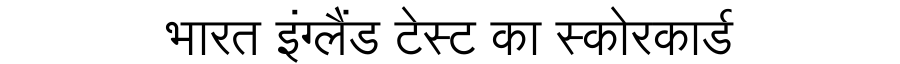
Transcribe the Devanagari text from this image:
भारत इंग्लैंड टेस्ट का स्कोरकार्ड